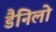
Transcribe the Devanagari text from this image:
डैनिलो